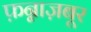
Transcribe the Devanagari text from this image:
फ़न्नाज़बूर